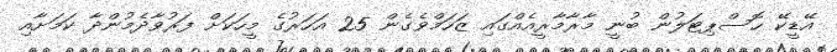
އޭޑީކޭ ހޮސްޕިޓަލުން ބުނީ މާރާމާރީއެއްގައި ޒަހަމްވެގެން 25 އަހަރުގެ މީހަކަށް ފަރުވާދެމުންދާ ކަމަށާއި